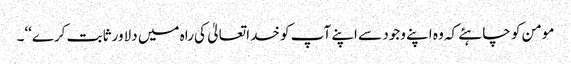
مومن کو چاہئے کہ وہ اپنے وجود سے اپنے آپ کو خدا تعالیٰ کی راہ میں دلاور ثابت کرے‘‘۔